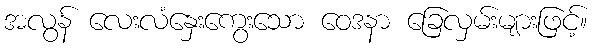
အလွန် လေးလံနှေးကွေးသော ဝေဒနာ ခြေလှမ်းများဖြင့်။